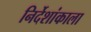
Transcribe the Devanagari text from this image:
निर्देशांकाला